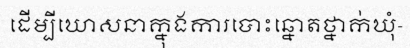
ដើម្បីឃោសនាក្នុងការបោះឆ្នោតថ្នាក់ឃុំ-